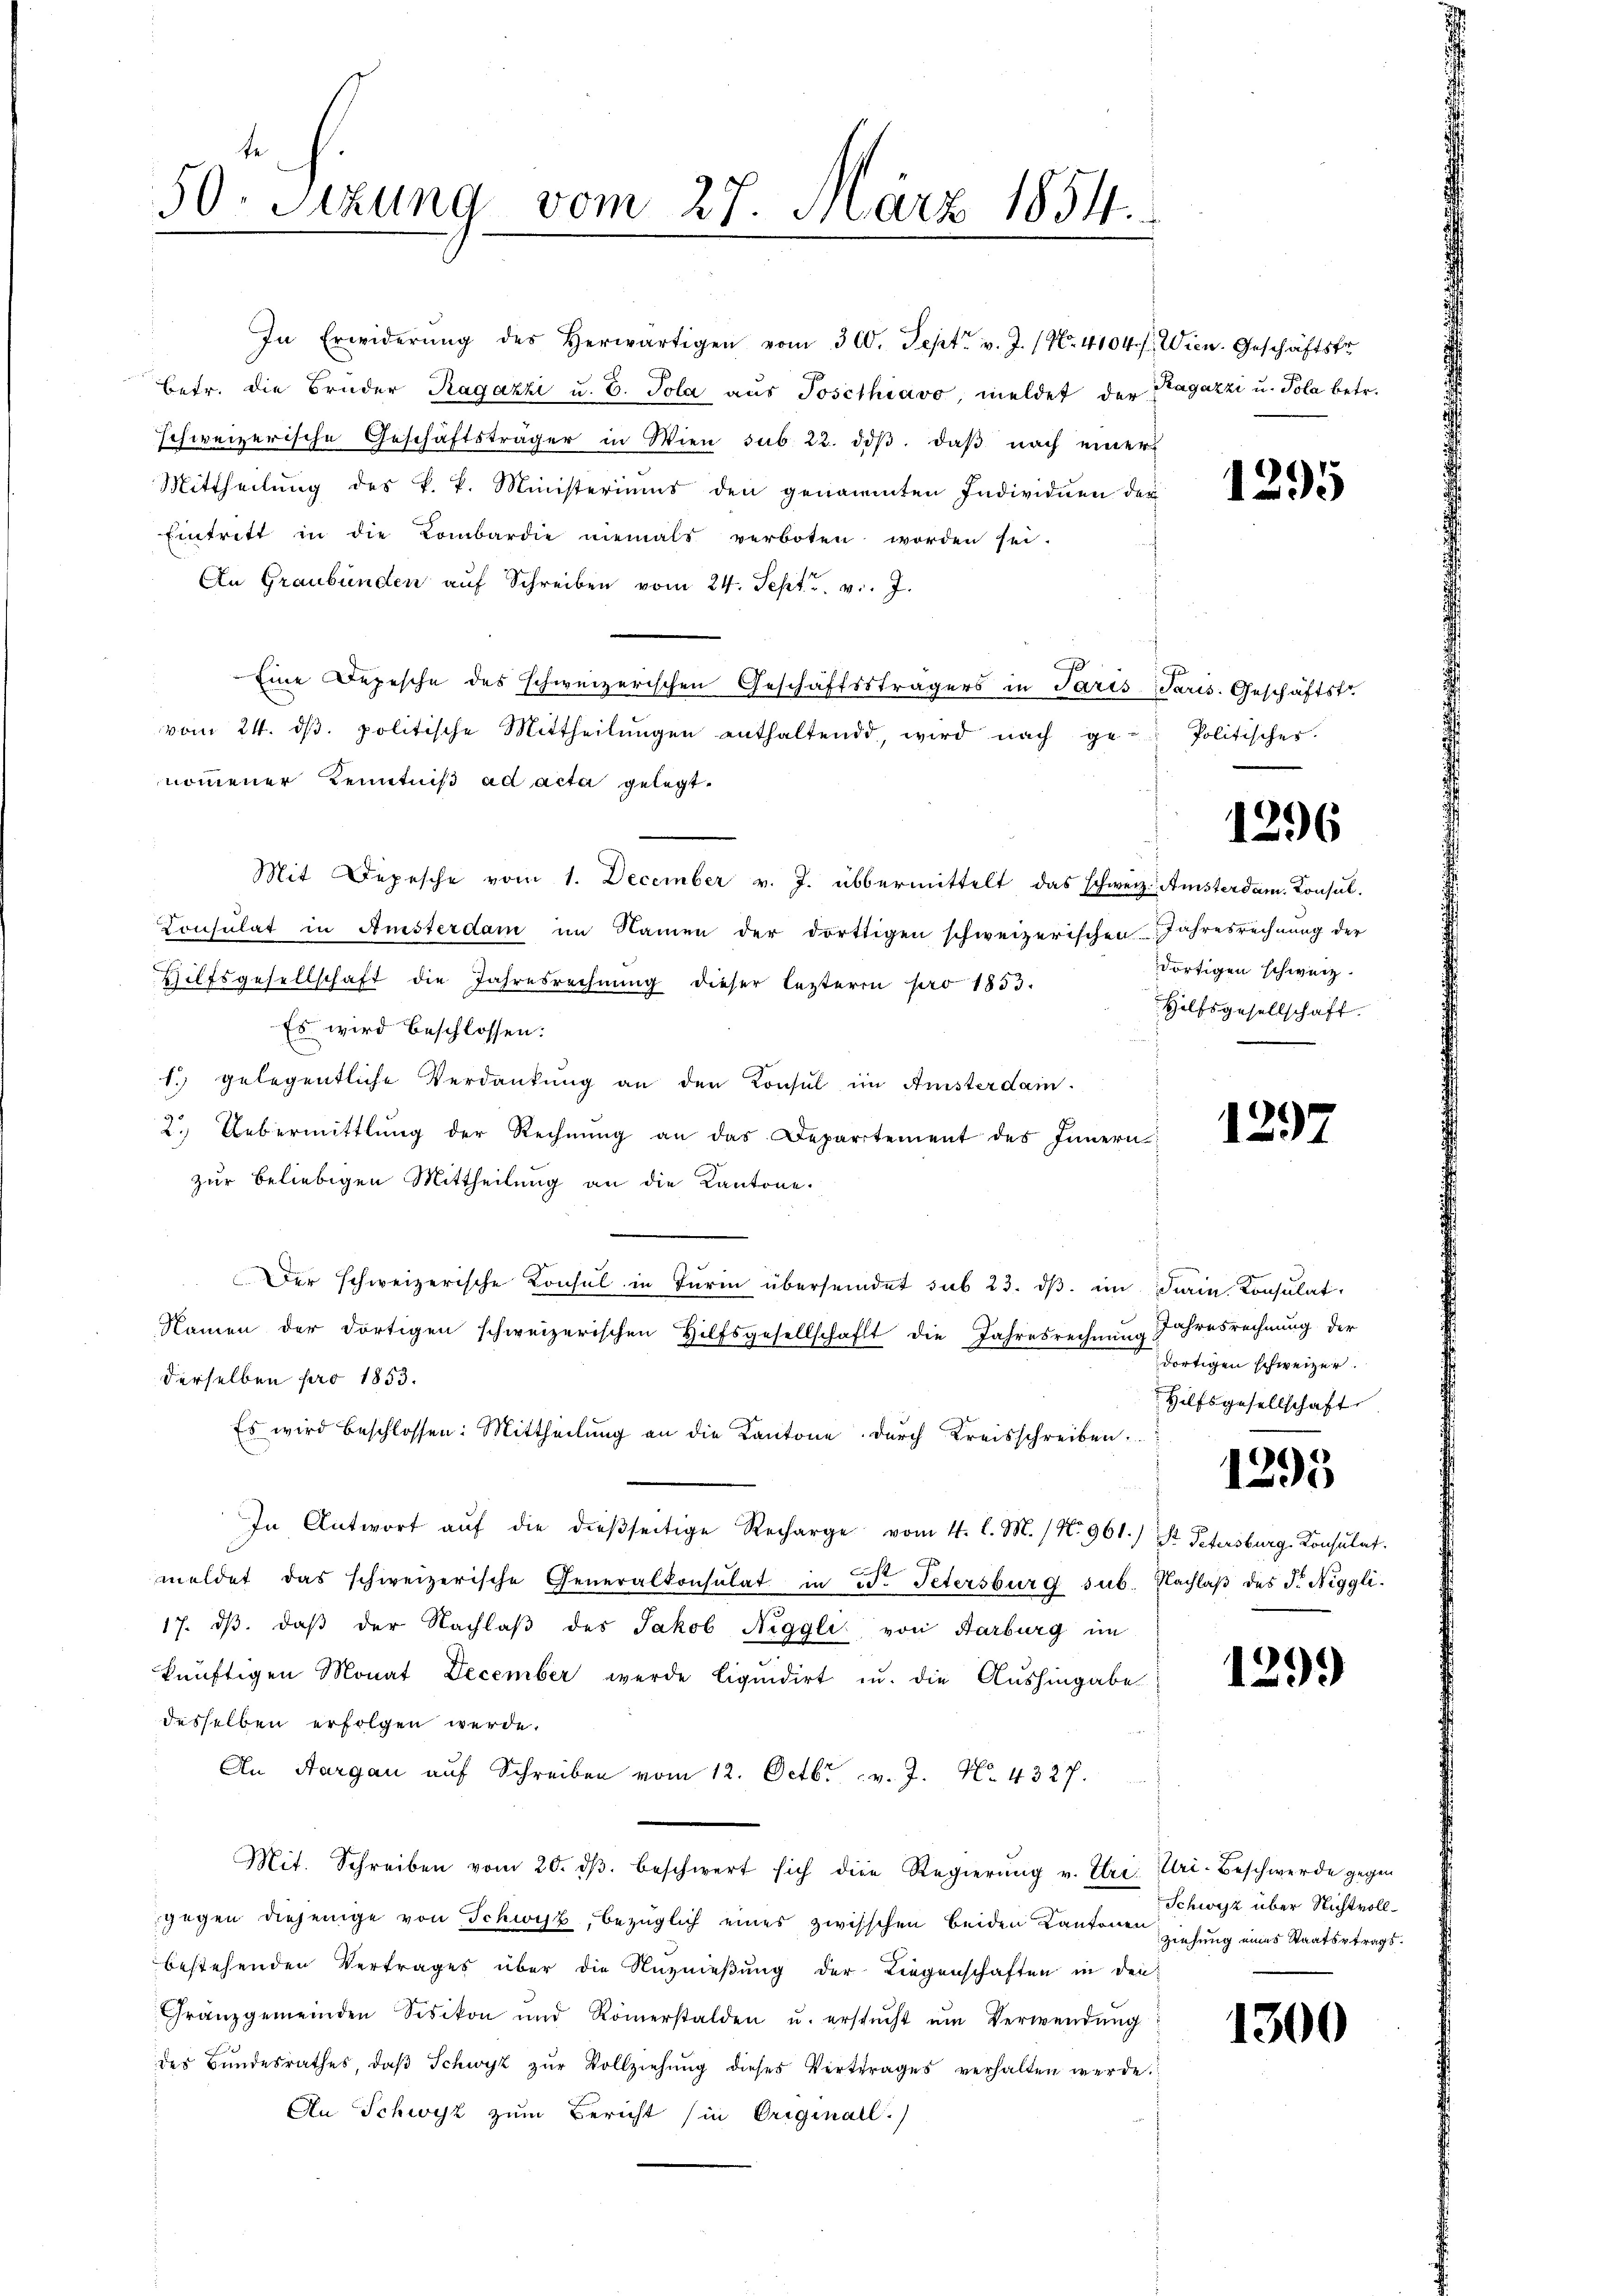
50. Serung vom 27. März 1854.

In Erwiderŭng des herwärtigen vom 300. Sept. v. J. (N. 4104 f. Wien. Geschäftstr
betr. die Brüder Ragazzi u. E. Pola aŭs Poschiavo, meldet der Ragazzi u. Pola betr.
schweizerische Geschäftsträger in Wien sub 22. diβ, daß nach einer
Mittheilung des k. k. Ministeriums den genommten Individuen der
Eintrett in die Kombardie niemals verboten worden sei.
An Graubünden aŭf Schreiben vom 24. Sept. v. J.
0
Eine Depesche des schweizerischen Geschäftssträgers in Paris Paris. Geschäftstr
vom 24. dβ. politische Mittheilŭngen enthaltend, wird nach ge-Politischer.
nommener Kenntniß ad acta gelegt.
Mit Depesche vom 1. December v. J. übermittelt das schweiz. Amsterdam. Konsul-
Consulat in Ansterdam im Namen der dorttigen schweizerischen Jahresrechnung der
Hilfsgesellschaft die Jahresrechnung dieser lezteren pro 1853.
Es wird beschlossen:
1. gelegentliche Verdankung an den Konsul im Ansterdam.
2. Uebermittlung der Rechnŭng an das Departement des Innern
zur beliebigen Mittheilung an die Kantone.
Der schweizerische Konsul in Turin übersendet sub 23. dβ im Dein Konsulat,
Namen der dortigen schweizerischen Hilfsgesellschaft die Jahresrechnung Jahresrechnung der
derselben pro 1853.
Es wird beschlossen: Mittheilŭng an die Kantone durch Kreisschreiben.
In Antwort aŭf die dieβseitige Recharge vom 4. l. M. / No. 961.) St. Petersburg, Konsulat
meldet das schweizerische Generalkonsulat in Bd. Petersburg sub. Nachlaβ des F. Niggli-
17. dβ. daβ der Nachlaβ des Jakob Niggli von Karburg im
künftigen Monat December werde liquidirt zu. die Aushingabe
desselben erfolgen werde.
An Aargau auf Schreiben vom 12. Octbr. v. J. N. 4327.
Mit. Schreiben vom 20. dβ beschwert sich die Regierŭng v. Etri, Uri-Beschwerde gegen
gegen diejenige von Schwyz, bezüglich eines zwischen beiden Kantonen
bestehenden Vertrages über die Anznieβŭng der Liegenschaften in den
Franzgemeinden Sisikon und Römerstalden u. erstŭcht ŭm Verwendŭng
des Bŭndesrathes, daβ Schwyz zŭr Vollziehŭng dieses Vertrages verhalten werde.
An Schwyz zum Bericht (in Originall)

1295

1296

dortigen schweiz.
Hilfsgesellschaft.

1297

dortigen schweizer.
Hilfsgesellschaft
1295

129.

Schwyz über Nichtvoll¬
Ziehung eines Staatsstrags¬

1300